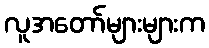
လူအတော်များများက